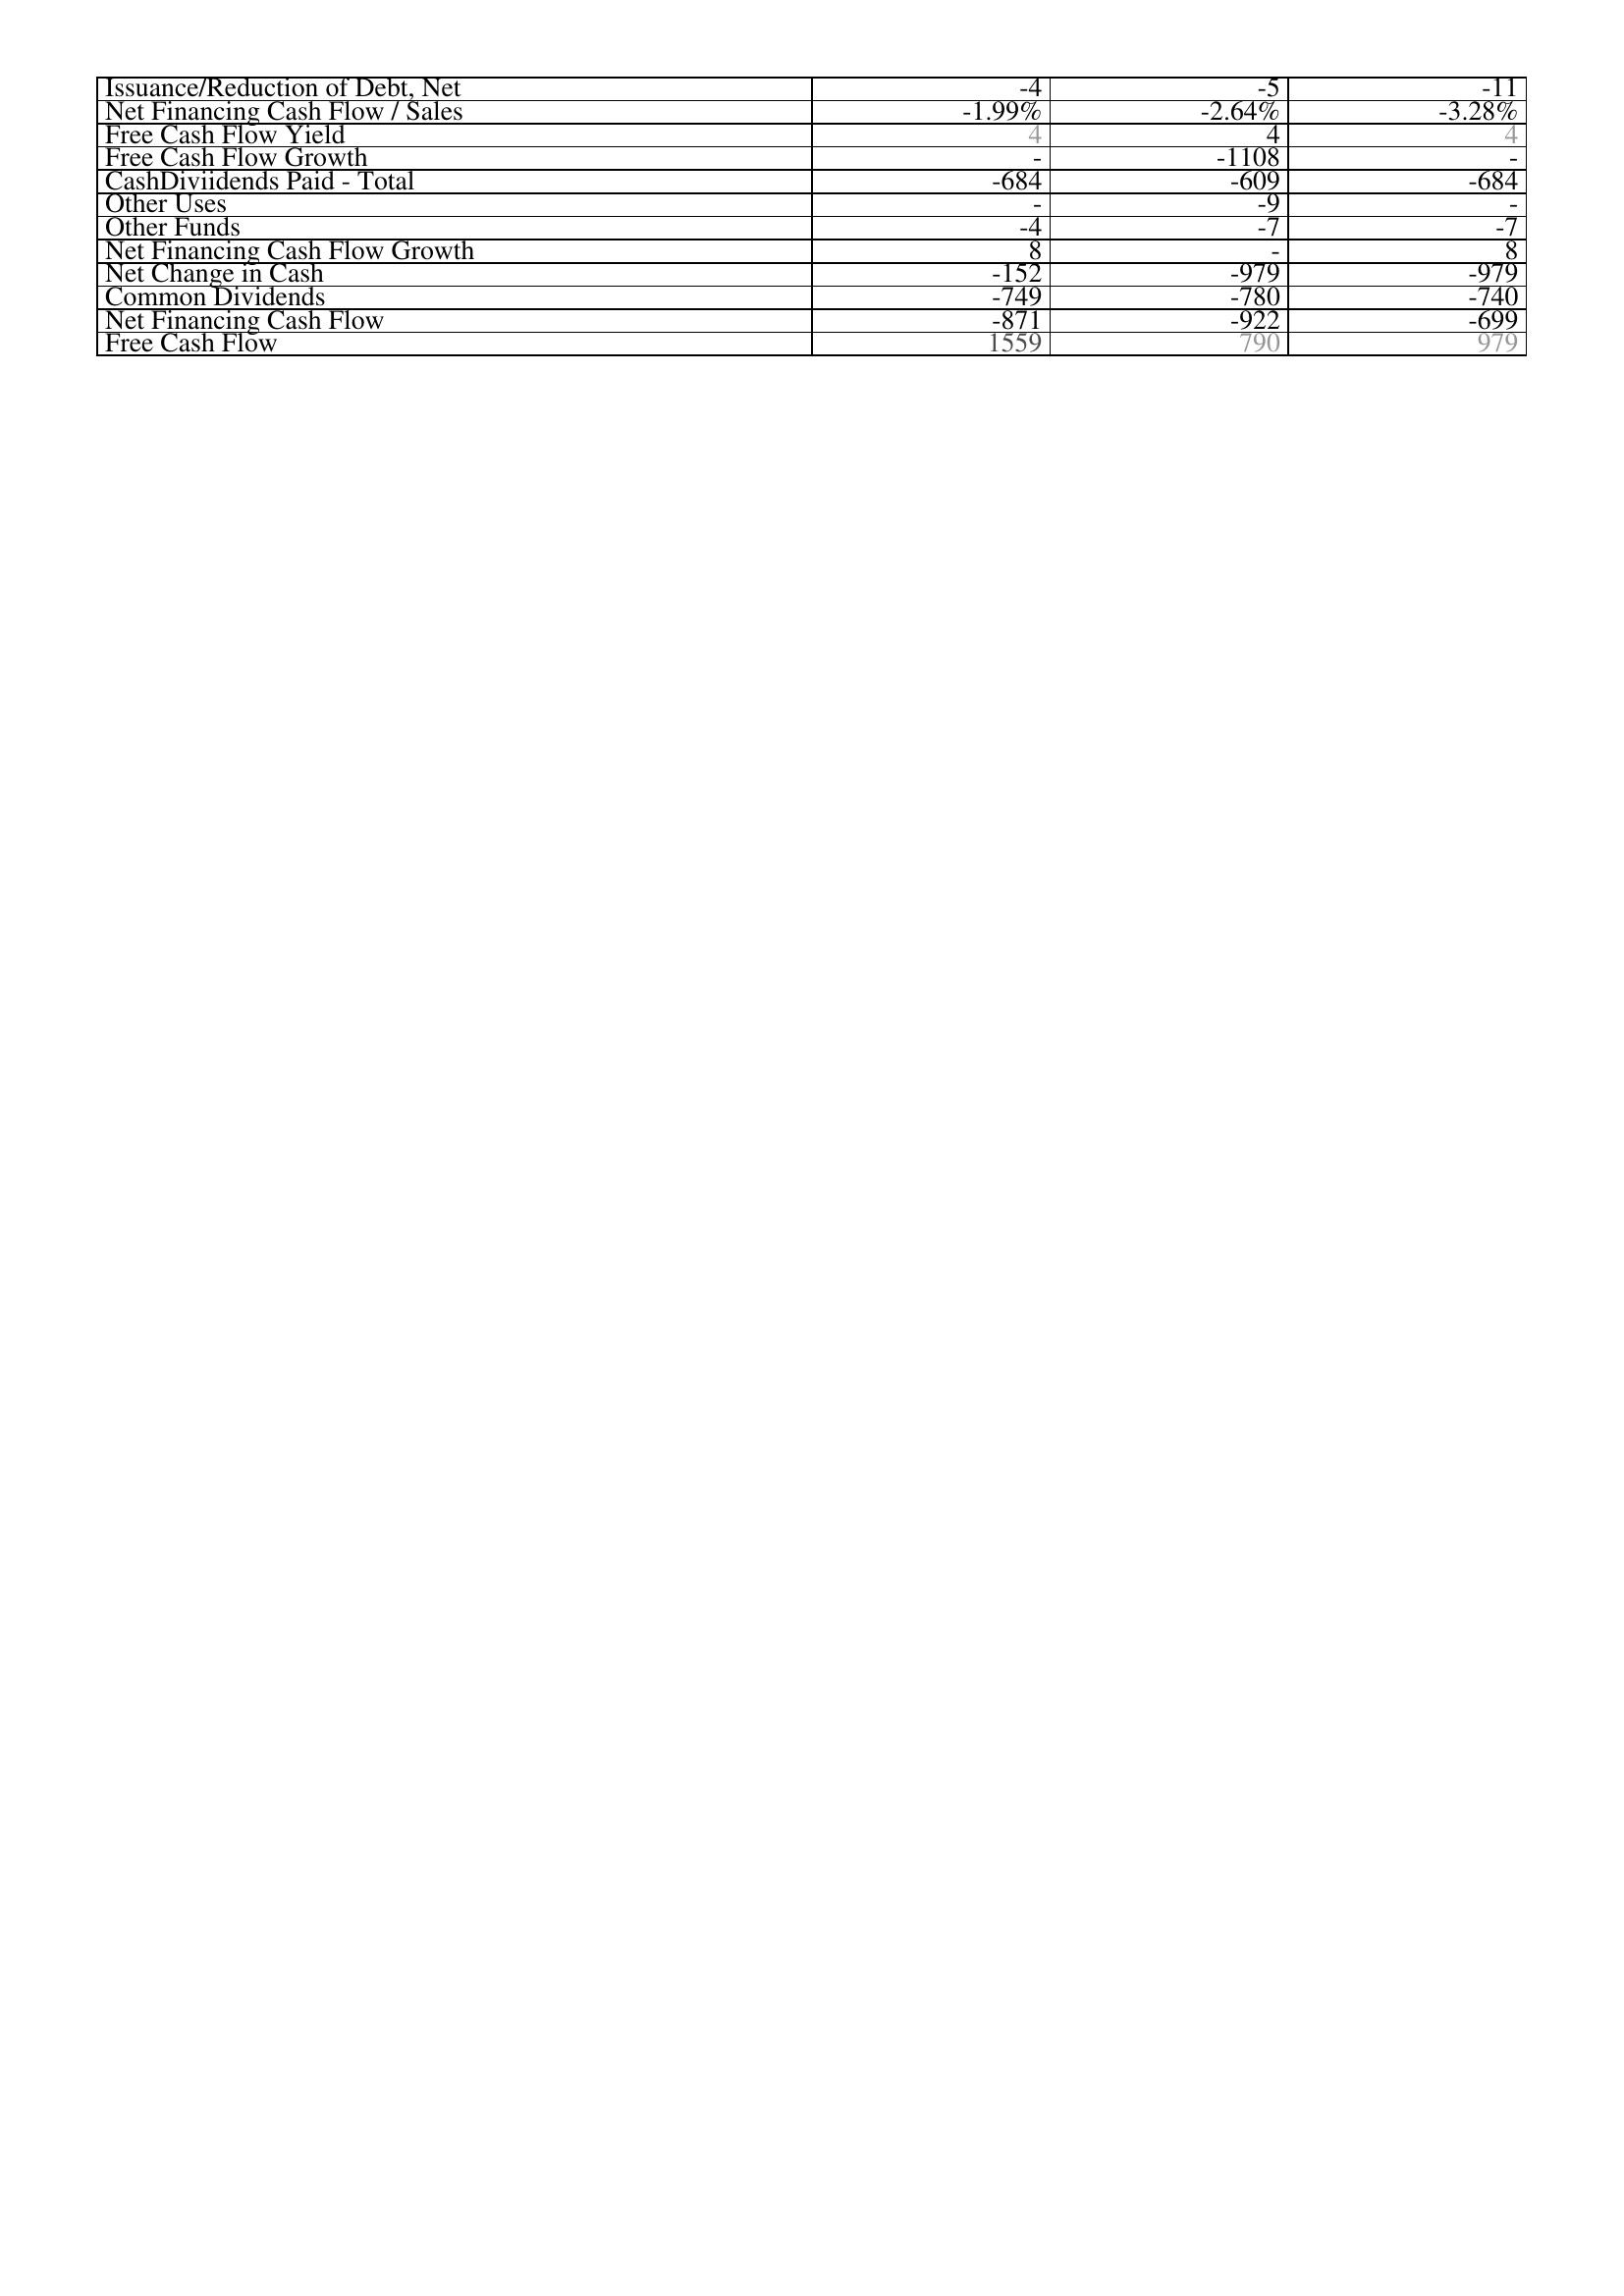
2003: Financing Activities: Issuance/Reduction of Debt, Net: -4
Net Financing Cash Flow / Sales: -1.99%
Free Cash Flow Yield: 4
Free Cash Flow Growth: -
CashDiviidends Paid - Total: -684
Other Uses: -
Other Funds: -4
Net Financing Cash Flow Growth: 8
Net Change in Cash: -152
Common Dividends: -749
Net Financing Cash Flow: -871
Free Cash Flow: 1559
2002: Financing Activities: Issuance/Reduction of Debt, Net: -5
Net Financing Cash Flow / Sales: -2.64%
Free Cash Flow Yield: 4
Free Cash Flow Growth: -1108
CashDiviidends Paid - Total: -609
Other Uses: -9
Other Funds: -7
Net Financing Cash Flow Growth: -
Net Change in Cash: -979
Common Dividends: -780
Net Financing Cash Flow: -922
Free Cash Flow: 790
2001: Financing Activities: Issuance/Reduction of Debt, Net: -11
Net Financing Cash Flow / Sales: -3.28%
Free Cash Flow Yield: 4
Free Cash Flow Growth: -
CashDiviidends Paid - Total: -684
Other Uses: -
Other Funds: -7
Net Financing Cash Flow Growth: 8
Net Change in Cash: -979
Common Dividends: -740
Net Financing Cash Flow: -699
Free Cash Flow: 979